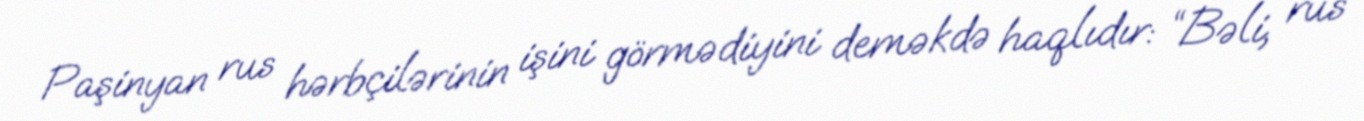
Paşinyan rus hərbçilərinin işini görmədiyini deməkdə haqlıdır: “Bəli, rus